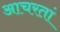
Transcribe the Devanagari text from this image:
आचरतां